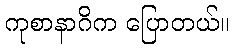
ကုစာနာဂိက ပြောတယ်။